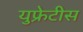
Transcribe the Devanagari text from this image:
युफ्रेटीस